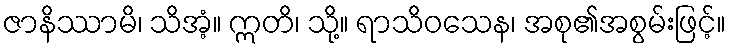
ဇာနိဿာမိ၊ သိအံ့။ ဣတိ၊ သို့။ ရာသိဝသေန၊ အစု၏အစွမ်းဖြင့်။